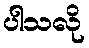
ပါသလို